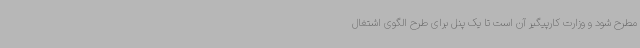
مطرح شود و وزارت کارپیگیر آن است تا یک پنل برای طرح الگوی اشتغال